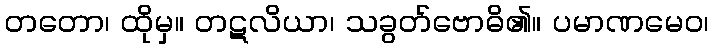
တတော၊ ထိုမှ။ တဋလိယာ၊ သခွတ်ဗောဓိ၏။ ပမာဏမေဝ၊